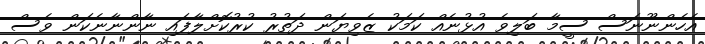
އެހެންނޫނަސް ސީމާ ބަލިވެ އުޅުނެއް ކަމަކު ޒެވިޔަން ދަތުރު ކުރުކޮށްލާފައި ނާންނާނެކަން ވެސް